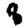
Digit: 8